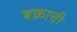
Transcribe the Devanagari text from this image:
बक्राची